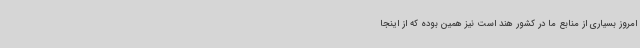
امروز بسیاری از منابع ما در کشور هند است نیز همین بوده که از اینجا